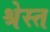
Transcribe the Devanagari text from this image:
श्रेस्त